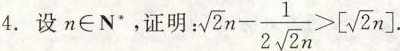
设n∈N'，证明：$$\sqrt { 2 } n - \frac { 1 } { 2 \sqrt { 2 } n } > \left [ \sqrt { 2 } n \right ]$$ .